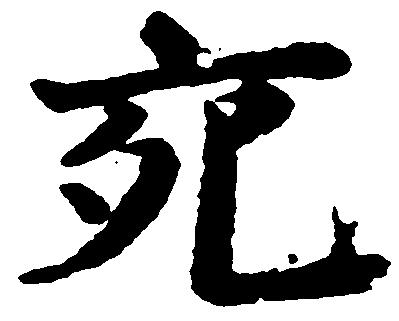
宛